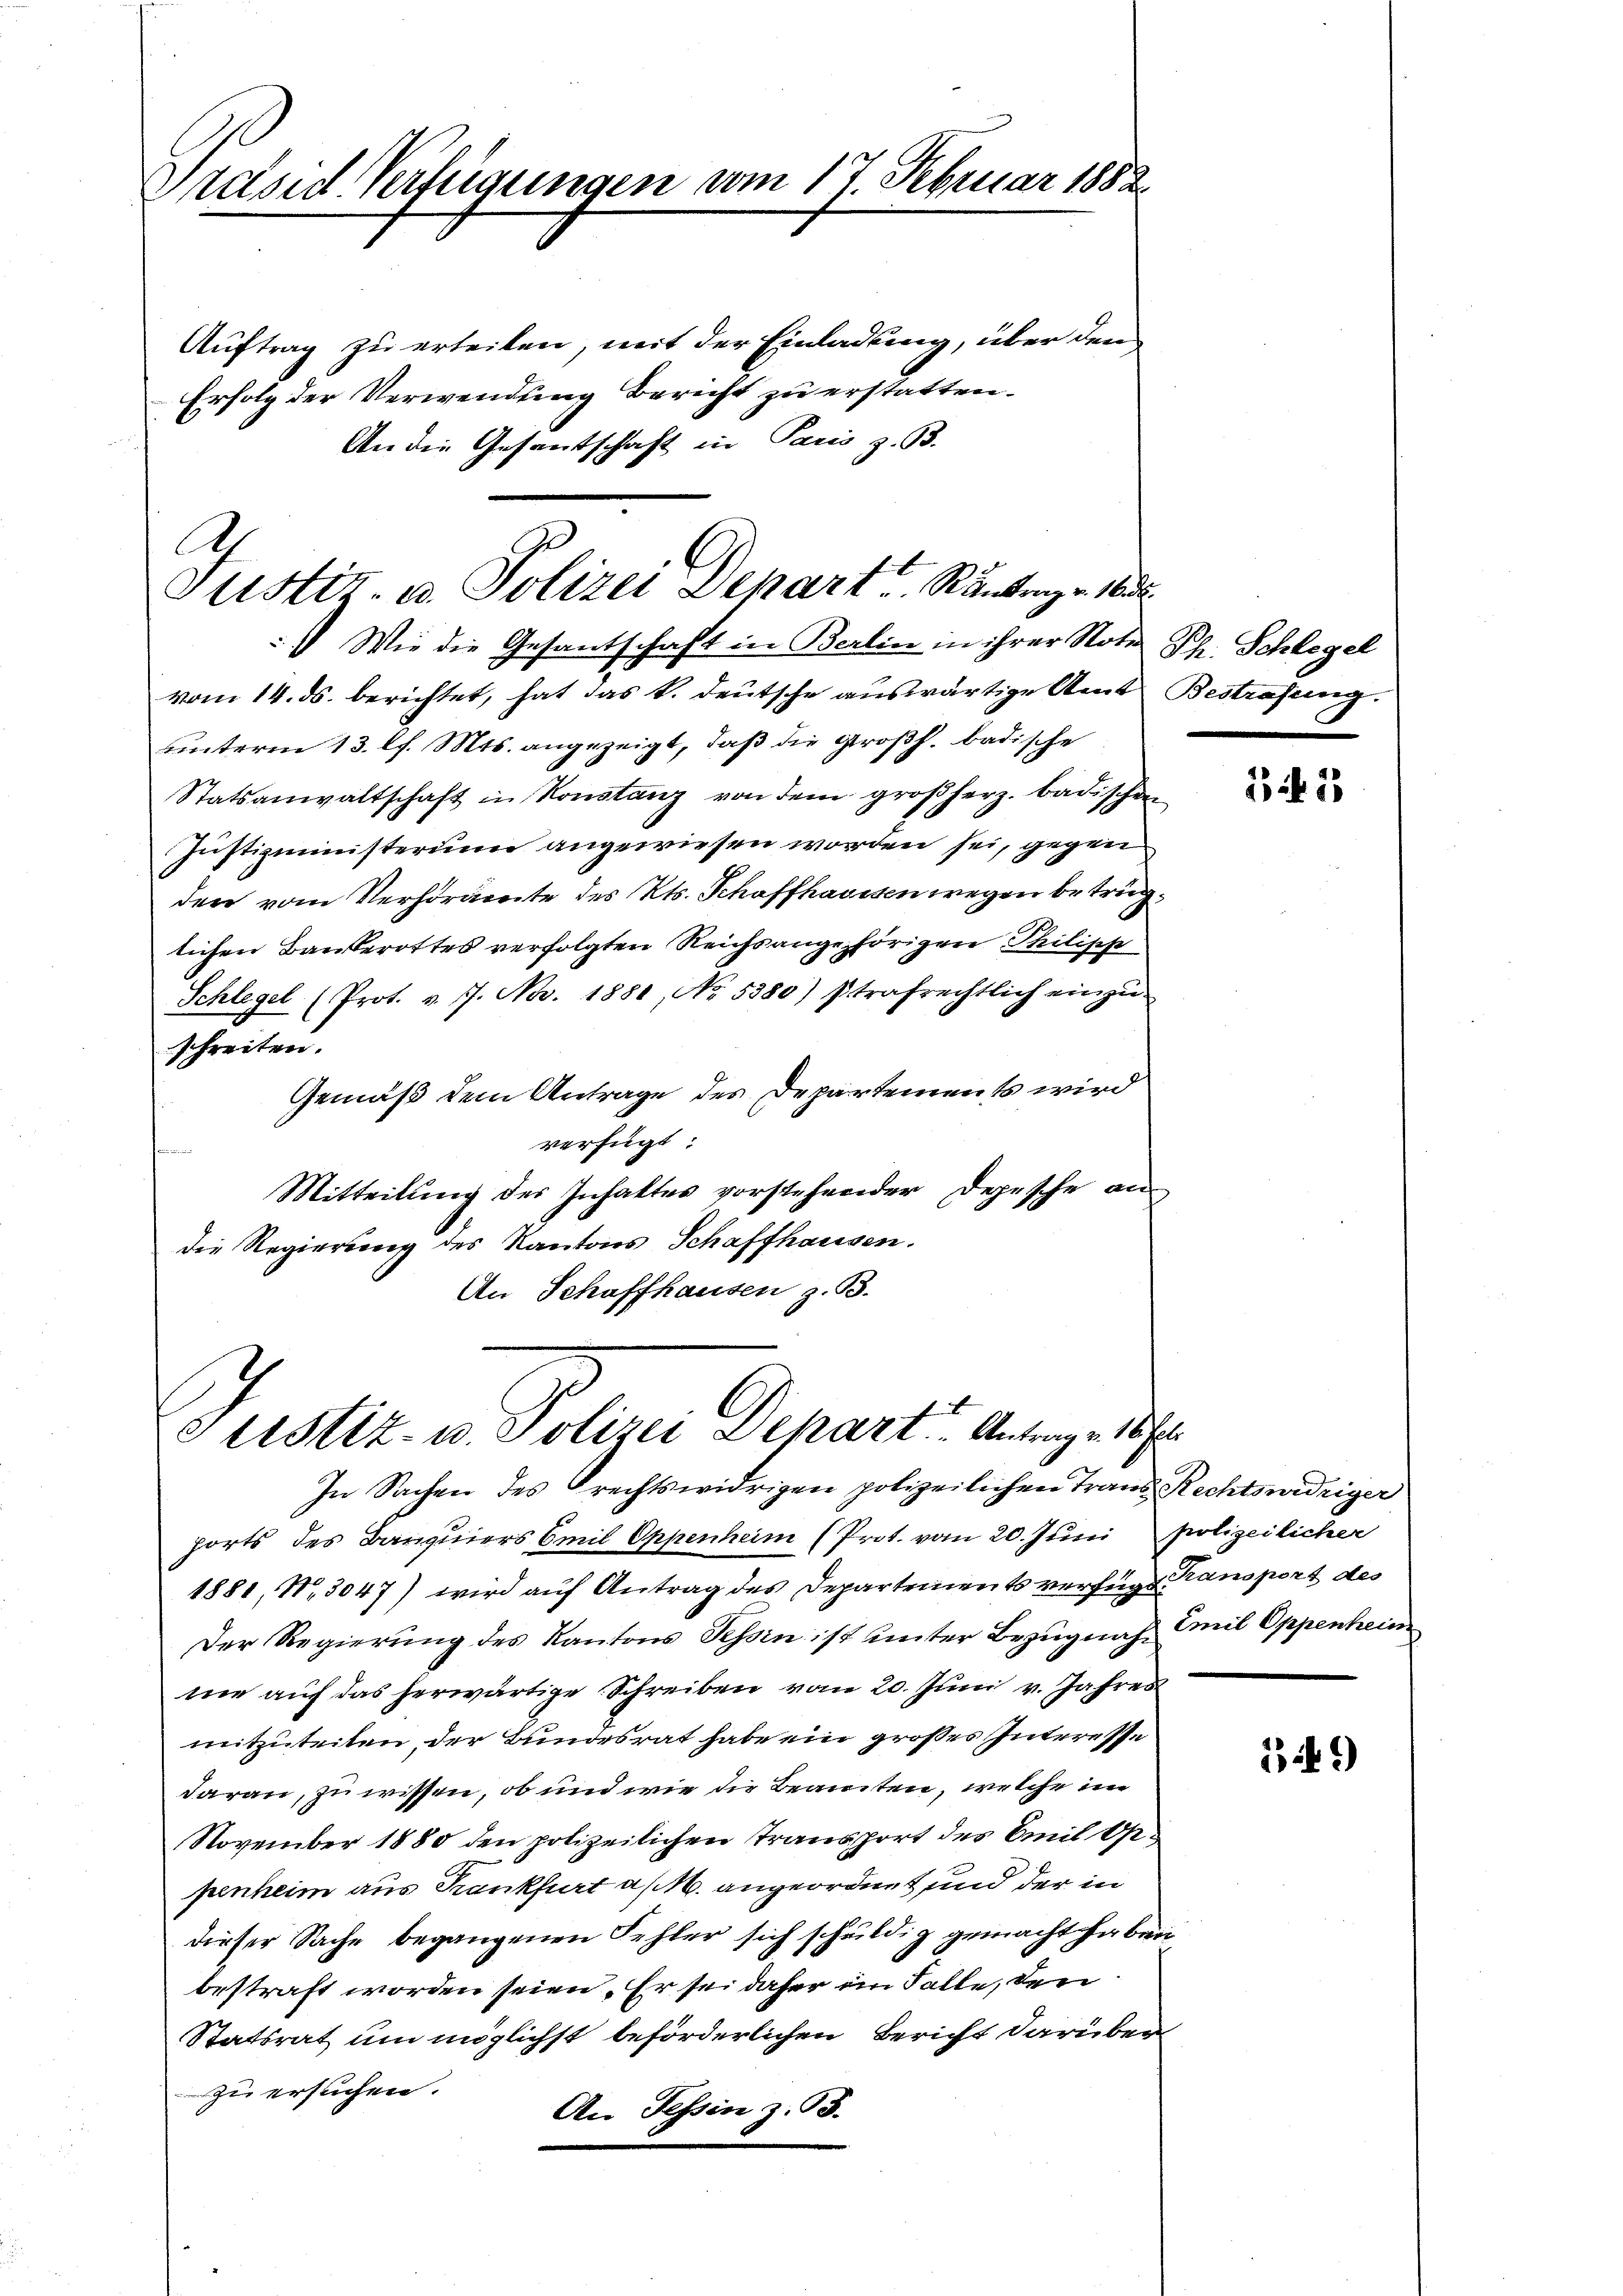
Präsid. Vertigungen vom 17 Februar 1882.

Auftrag zu erteilen, mit der Einladung, über den
Erfolg der Verwendung Bericht zu erstatten.
An die Gesantschaft in Paris z. B.

A
Justiz- u. Polizei Depart Ränden 185

Wie die Gesantschaft in Berlin in ihrer Noter Ph. Schlegel
vom 14. ds. berichtet, hat das k. deutsche auswärtige Amt Bestrafung.
unterm 13. l. Mts. angezeigt, daß die großh. badische
Statsanwaltschaft in Konstanz von dem großherz. badischen
Justizministerium angewiesen worden sei, gegen
den vom Verhöramte des Kts. Schaffhaussen wegen betrüglichen Bausterottes verfolgten Reichsangehörigen Philipp
Schlegel (Prot. v. 17. Nov. 1881, No. 5380) strafrechtlich einzŭ-
schreiten.
Gemäß dem Antrage des Departements wird
verfügt
Mitteilung des Inhaltes vorstehender Depesche an
die Regierung des Kantons Schaffhausen.
An Schaffhausen z. B.

etistiz- u. Polizei Depart Antrage. Ne

In Sachen des rechtswidrigen polizeilichen Trans Rechtswidriger
ports des Banquiers Emil Oppenheim (Prot. vom 20. Juni polizeilicher
1881, No. 3047) wird auf Antrag des Departements verfügt:
Der Regierung des Kantons Tessin ist unter Bezugnah Emil Oppenheim
ne auf das herwärtige Schreiben vom 20. Juni v. Jahres
mitzuteilen, der Bundesrat habe ein großes Interesse
daran, zu wissen, ob und wie die Beamten, welche im
November 1880 den polizeilichen Transport des Emil O.
penheim aus Krankfurt a/M. angeordnet und der in
dieser Sache begangenen Fehler sich schuldig gemacht haben
bestraft worden seien. Er sei daher im Falle, den
Statsrat um möglichst beförderlichen Bericht darüber
zu ersuchen.
An Tessin z. 93.

1 f 12

Transport des

349